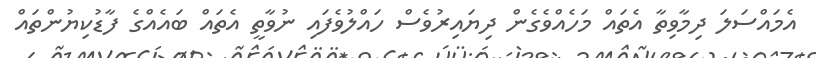
އެމައްސަލަ ދިމާވިތާ އެތައް މަހެއްވެގެން ދިޔައިރުވެސް ހައްލުވެފައި ނުވާތީ އެތައް ބައެއްގެ ފާޑުކިޔުންތައް